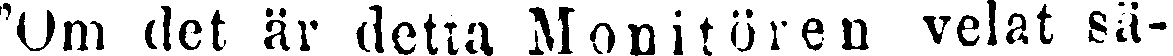
"Om det är detta Monitören velat sä-